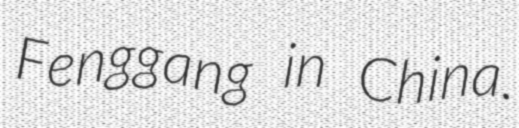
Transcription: Fenggang in China.